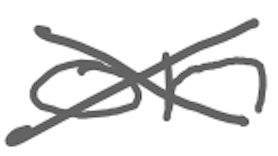
Text: on
Cross-out: cross
Writing tool: digital_gray